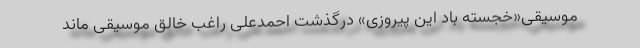
موسیقی«خجسته باد این پیروزی» درگذشت احمدعلی راغب خالق موسیقی ماند